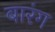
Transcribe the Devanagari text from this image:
बारंग